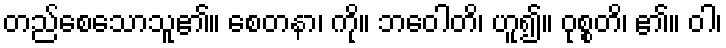
တည်စေသောသူ၏။ စေတနာ၊ ကို။ ဘဝေါတိ၊ ဟူ၍။ ဝုစ္စတိ၊ ၏။ ဝါ၊